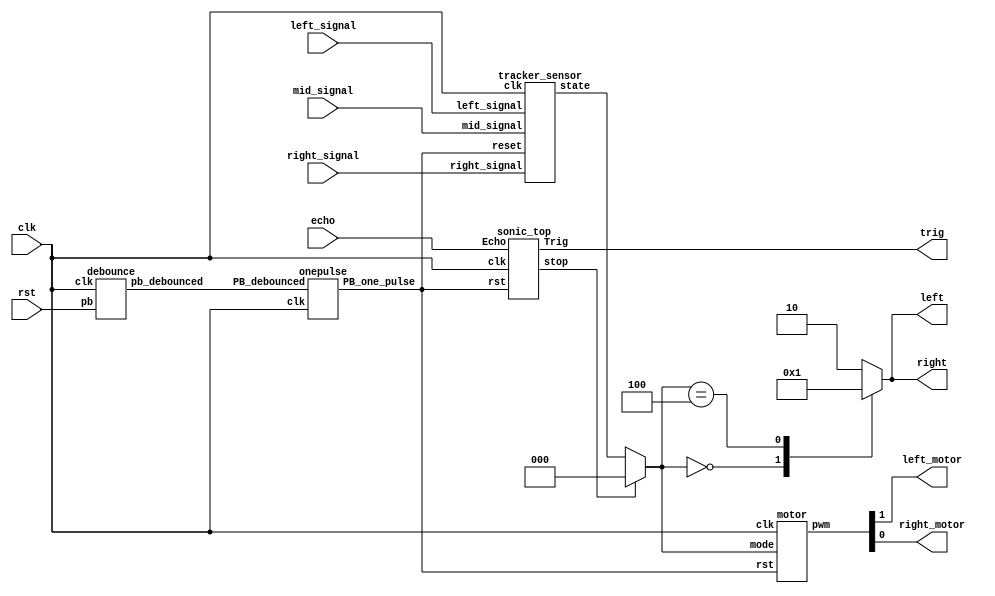
`timescale 1ns/1ps
module Top(
    input clk,
    input rst,
    input echo,
    input left_signal,
    input right_signal,
    input mid_signal,
    output trig,
    output left_motor,
    output reg [1:0]left,
    output right_motor,
    output reg [1:0]right
);
    //modified 109062320
    
    wire [3-1:0] mode;
    wire [3-1:0] tracker_state;
    parameter STOP = 3'b000;
    parameter LEFT = 3'b001;
    parameter CENTER = 3'b010;
    parameter RIGHT = 3'b011;
    parameter BACKWARD = 3'b100;
    parameter RRIGHT = 3'b101;
    parameter LLEFT = 3'b110;

    //for {left, right}
    //(0, 0) -->motor off
    //(1, 0) -->forward
    //(0, 1) -->backward
    //(1, 1) -->motor off
    parameter OFF = 2'b00;
    parameter FOR = 2'b10;
    parameter BACK = 2'b01;

    
    wire Rst_n, rst_pb, stop;
    debounce d0(rst_pb, rst, clk);
    onepulse d1(rst_pb, clk, Rst_n);
    assign mode = (stop == 1'b1) ? STOP : tracker_state;
    // [TO-DO] Use left and right to set your pwm
    //pwm = {left_pwm, right_pwm}
    motor A(
        .clk(clk),
        .rst(Rst_n),
        .mode(mode),
        .pwm({left_motor, right_motor})
    );

    sonic_top B(
        .clk(clk), 
        .rst(Rst_n), 
        .Echo(echo), 
        .Trig(trig),
        .stop(stop)
    );
    
    tracker_sensor C(
        .clk(clk), 
        .reset(Rst_n), 
        .left_signal(left_signal), 
        .right_signal(right_signal),
        .mid_signal(mid_signal), 
        .state(tracker_state)
       );
//modified
    always @(*) begin
        case(mode)
            STOP:begin
                left = OFF;
                right = OFF;
            end

            LEFT:begin
                left = FOR;
                right = FOR;
            end

            LLEFT:begin
                left = FOR;
                right = FOR;
            end

            RIGHT:begin
                left = FOR;
                right = FOR;
            end

            RRIGHT:begin
                left = FOR;
                right = FOR;
            end

            CENTER:begin
                left = FOR;
                right = FOR;
            end

            BACKWARD:begin
                left = BACK;
                right = BACK;
            end

            default:begin
                left = FOR;
                right = FOR;
            end

        endcase
    end

endmodule

module debounce (pb_debounced, pb, clk);
    output pb_debounced; 
    input pb;
    input clk;
    reg [4:0] DFF;
    
    always @(posedge clk) begin
        DFF[4:1] <= DFF[3:0];
        DFF[0] <= pb; 
    end
    assign pb_debounced = (&(DFF)); 
endmodule

module onepulse (PB_debounced, clk, PB_one_pulse);
    input PB_debounced;
    input clk;
    output reg PB_one_pulse;
    reg PB_debounced_delay;

    always @(posedge clk) begin
        PB_one_pulse <= PB_debounced & (! PB_debounced_delay);
        PB_debounced_delay <= PB_debounced;
    end 
endmodule

module sonic_top(clk, rst, Echo, Trig, stop);
	input clk, rst, Echo;
	output Trig, stop;

	wire[19:0] dis;
	wire[19:0] d;
    wire clk1M;
	wire clk_2_17;

    div clk1(clk ,clk1M);
	TrigSignal u1(.clk(clk), .rst(rst), .trig(Trig));
	PosCounter u2(.clk(clk1M), .rst(rst), .echo(Echo), .distance_count(dis));

    // [TO-DO] calculate the right distance to trig stop(triggered when the distance is lower than 40 cm)
    // Hint: using "dis"
    //modified by 109062320
    assign stop = (dis < 20'd40) ? 1'b1 : 1'b0;
 
endmodule

module PosCounter(clk, rst, echo, distance_count); 
    input clk, rst, echo;
    output[19:0] distance_count;

    parameter S0 = 2'b00;
    parameter S1 = 2'b01; 
    parameter S2 = 2'b10;
    
    wire start, finish;
    reg[1:0] curr_state, next_state;
    reg echo_reg1, echo_reg2;
    reg[19:0] count, next_count, distance_register, next_distance;
    wire[19:0] distance_count; 

    always@(posedge clk) begin
        if(rst) begin
            echo_reg1 <= 1'b0;
            echo_reg2 <= 1'b0;
            count <= 20'b0;
            distance_register <= 20'b0;
            curr_state <= S0;
        end
        else begin
            echo_reg1 <= echo;   
            echo_reg2 <= echo_reg1; //echo last cycle
            count <= next_count;
            distance_register <= next_distance;
            curr_state <= next_state;
        end
    end

    always @(*) begin
        case(curr_state)
            S0: begin
                next_distance = distance_register;
                if (start) begin
                    next_state = S1;
                    next_count = count;
                end else begin
                    next_state = curr_state;
                    next_count = 20'b0;
                end 
            end
            S1: begin
                next_distance = distance_register;
                if (finish) begin
                    next_state = S2;
                    next_count = count;
                end else begin
                    next_state = curr_state;
                    next_count = (count > 20'd600_000) ? count : count + 1'b1;
                end 
            end
            S2: begin
                next_distance = count;
                next_count = 20'b0;
                next_state = S0;
            end
            default: begin
                next_distance = 20'b0;
                next_count = 20'b0;
                next_state = S0;
            end
        endcase
    end
    //modified by 109062320
    assign distance_count = distance_register * 20'd340 / 10000 / 2;
    //1M_HZ --> update every 10^(-6) sec --> miuS
    //(10^(-6)) * (m/s) / (10^(4)) / 2 = (10^(-2))(m/s) / 2 = (cm / s) / 2
    assign start = echo_reg1 & ~echo_reg2;  
    assign finish = ~echo_reg1 & echo_reg2; 
endmodule

module TrigSignal(clk, rst, trig);
    input clk, rst;
    output trig;

    reg trig, next_trig;
    reg[23:0] count, next_count;

    always @(posedge clk, posedge rst) begin
        if (rst) begin
            count <= 24'b0;
            trig <= 1'b0;
        end
        else begin
            count <= next_count;
            trig <= next_trig;
        end
    end

    always @(*) begin
        next_trig = trig;
        next_count = count + 1'b1;
        if(count == 24'd999)
            next_trig = 1'b0;
        else if(count == 24'd9999999) begin
            next_trig = 1'b1;
            next_count = 24'd0;
        end
    end
endmodule

module div(clk ,out_clk);
    input clk;
    output out_clk;
    reg out_clk;
    reg [6:0]cnt;
    
    always @(posedge clk) begin   
        if(cnt < 7'd50) begin
            cnt <= cnt + 1'b1;
            out_clk <= 1'b1;
        end 
        else if(cnt < 7'd100) begin
	        cnt <= cnt + 1'b1;
	        out_clk <= 1'b0;
        end
        else if(cnt == 7'd100) begin
            cnt <= 7'b0;
            out_clk <= 1'b1;
        end
        else begin 
            cnt <= 7'b0;
            out_clk <= 1'b1;
        end
    end
endmodule


module motor(
    input clk,
    input rst,
    input [3-1 :0]mode,
    output  [1:0]pwm
);
    parameter STOP = 3'b000;
    parameter LEFT = 3'b001;
    parameter CENTER = 3'b010;
    parameter RIGHT = 3'b011;
    parameter BACKWARD = 3'b100;
    parameter RRIGHT = 3'b101;
    parameter LLEFT = 3'b110;

    parameter Speed_Max = 10'd1023;
    parameter Speed_Half = 10'd500;
    reg [9:0]next_left_motor, next_right_motor;
    reg [9:0]left_motor, right_motor;
    wire left_pwm, right_pwm;

    motor_pwm m0(clk, rst, left_motor, left_pwm);
    motor_pwm m1(clk, rst, right_motor, right_pwm);
    
    always@(posedge clk)begin
        if(rst)begin
            left_motor <= 10'd0;
            right_motor <= 10'd0;
        end else begin
            left_motor <= next_left_motor;
            right_motor <= next_right_motor;
        end
    end
    //modified
    // [TO-DO] take the right speed for different situation
    always@(*)begin
        case(mode)
            STOP:begin
                next_left_motor = 10'd0;
                next_right_motor = 10'd0;
            end

            LLEFT:begin
                next_left_motor = Speed_Half;
                next_right_motor = Speed_Max;
            end

            LEFT:begin
                next_left_motor = 10'd0;
                next_right_motor = Speed_Max;

            end

            RRIGHT:begin
                next_left_motor = Speed_Max;
                next_right_motor = Speed_Half;
            end

            RIGHT:begin
                next_left_motor = Speed_Max;
                next_right_motor = 10'd0;
            end

            CENTER:begin
                next_left_motor = Speed_Max;
                next_right_motor = Speed_Max;
            end

            BACKWARD:begin
                next_left_motor = Speed_Max;
                next_right_motor = Speed_Max;
            end

            default:begin
                next_left_motor = 10'd0;
                next_right_motor = 10'd0;
            end

        endcase

    end

    assign pwm = {left_pwm, right_pwm};
endmodule

module motor_pwm (
    input clk,
    input reset,
    input [9:0]duty,
	output pmod_1 //PWM
);
        
    PWM_gen pwm_0 ( 
        .clk(clk), 
        .reset(reset), 
        .freq(32'd25000),
        .duty(duty), 
        .PWM(pmod_1)
    );

endmodule

//generte PWM by input frequency & duty
module PWM_gen (
    input wire clk,
    input wire reset,
	input [31:0] freq,
    input [9:0] duty,
    output reg PWM
);
    wire [31:0] count_max = 32'd100_000_000 / freq;
    wire [31:0] count_duty = count_max * duty / 32'd1024;
    reg [31:0] count;
        
    always @(posedge clk, posedge reset) begin
        if (reset) begin
            count <= 32'b0;
            PWM <= 1'b0;
        end else if (count < count_max) begin
            count <= count + 32'd1;
            if(count < count_duty)
                PWM <= 1'b1;
            else
                PWM <= 1'b0;
        end else begin
            count <= 32'b0;
            PWM <= 1'b0;
        end
    end
endmodule

module tracker_sensor(clk, reset, left_signal, right_signal, mid_signal, state);
    input clk;
    input reset;
    input left_signal, right_signal, mid_signal;
    output reg [3-1:0] state;
    
    parameter STOP = 3'b000;
    parameter LEFT = 3'b001;
    parameter CENTER = 3'b010;
    parameter RIGHT = 3'b011;
    parameter BACKWARD = 3'b100;
    parameter RRIGHT = 3'b101;
    parameter LLEFT = 3'b110;
    // [TO-DO] Receive three signals and make your own policy.
    // Hint: You can use output state to change your action.
    //modified by 109062320
    always@(*)begin
        case({left_signal, mid_signal, right_signal})
            //
            3'b000:state = BACKWARD;
            3'b001:state = RIGHT;
            3'b010:state = CENTER;
            //
            3'b011:state = RRIGHT;
            3'b100:state = LEFT;
            //right or left
            3'b101:state = RIGHT;
            //
            3'b110:state = LLEFT;
            3'b111:state = CENTER;
            default:state = BACKWARD;
        endcase

    end
endmodule